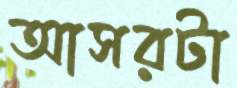
আসরটা